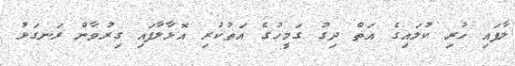
ލާފައި ހުރި ކުލައިގެ އަތް ދިގު ގަމީހުގެ އަތުކުރި އޮޅާލާފައި ގިރުވާން ރަނގަޅު